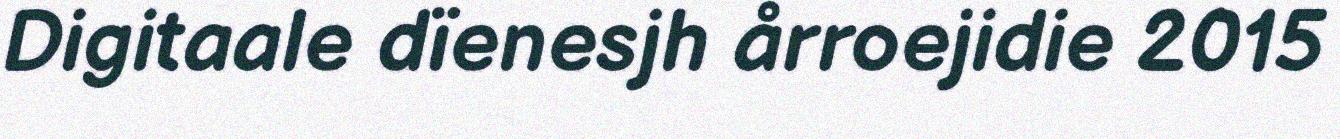
Digitaale dïenesjh årroejidie 2015